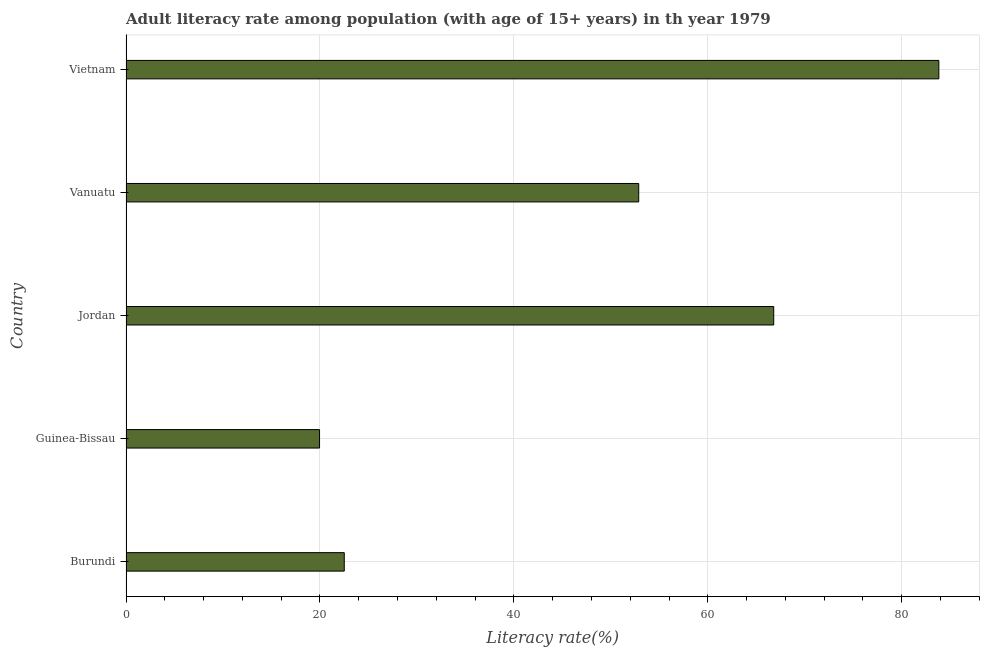
| Country | Adult literacy rate |
 | --- | --- |
 | Burundi | 22.5 |
 | Guinea-Bissau | 20 |
 | Jordan | 66.8 |
 | Vanuatu | 52.9 |
 | Vietnam | 83.8 |